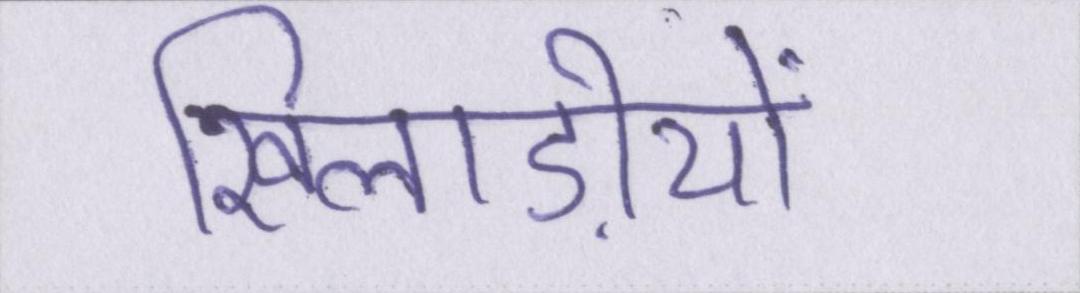
खिलाड़ीयों